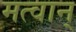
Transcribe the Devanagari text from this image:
मत्वान्